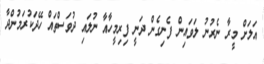
އަލަށް މީރާ ނެރުނު ލަވައިން ފެނިގެން ދަނީ ފިރިމީހާއާ ނުލައި ދުވަސްތައް ހޭދަކުރަމުންދާ